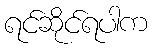
ရင်ဆိုင်ရပါက